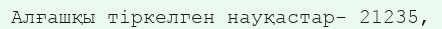
Алғашқы тіркелген науқастар- 21235,